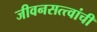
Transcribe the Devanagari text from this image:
जीवनसत्त्वांची